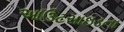
આઉટસાઇડના